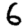
Digit: 6